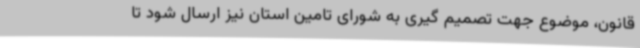
قانون، موضوع جهت تصمیم گیری به شورای تامین استان نیز ارسال شود تا